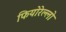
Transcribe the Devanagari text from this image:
फियोरेल्‍लो